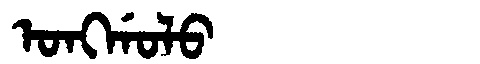
Manchu: ᠣᠩᡤᠣᠯᠣ
Romanization: ONGGOLO